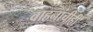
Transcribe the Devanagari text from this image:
वाहनांचीही